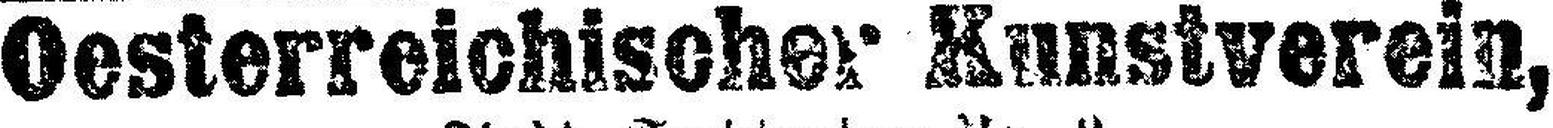
Oesterreichischer Kunstverein,